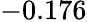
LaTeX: \mathit-0.176